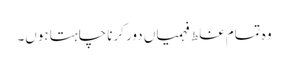
وہ تمام غلط فہمیاں دور کرنا چاہتا ہوں۔